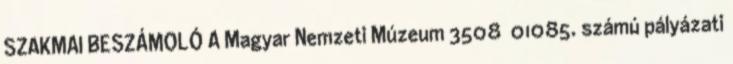
SZAKMAI BESZÁMOLÓ A Magyar Nemzeti Múzeum 3508 01085. számú pályázati